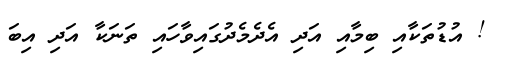
! އުޑުތަކާއި ބިމާއި އަދި އެދެމެދުގައިވާހައި ތަނަކާ އަދި އިބަ